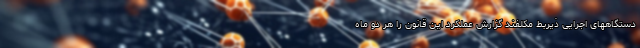
دستگاههای اجرایی ذیربط مکلفند گزارش عملکرد این قانون را هر دو ماه